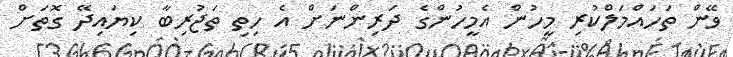
ވޭން ތަހައްމަލްކުރި މީހުން އެމީހުންގެ ދަރިންނަށް އެ ހިތި ތަޖުރިބާ ކިޔައިދޭ ގޮތަށް